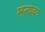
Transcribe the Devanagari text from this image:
मन्यवऽ